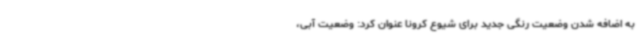
به اضافه شدن وضعیت رنگی جدید برای شیوع کرونا عنوان کرد: وضعیت آبی،